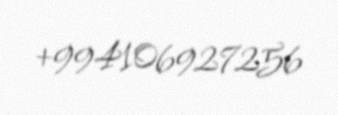
+994106927256